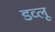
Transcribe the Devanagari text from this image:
डव्लू